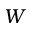
W